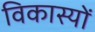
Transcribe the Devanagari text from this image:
विकास्यों